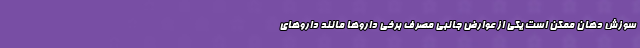
سوزش دهان ممکن است یکی از عوارض جانبی مصرف برخی داروها مانند داروهای